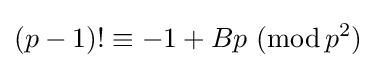
(p-1)!\equiv -1+Bp\ (\operatorname {mod} {p^{2}})